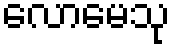
လောမေသု